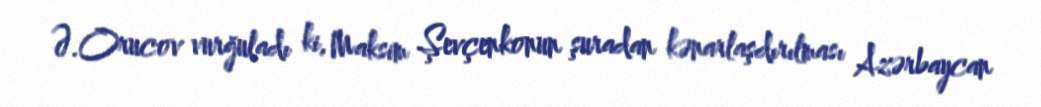
Ə.Orucov vurğuladı ki, Maksim Şevçenkonun şuradan kənarlaşdırılması Azərbaycan